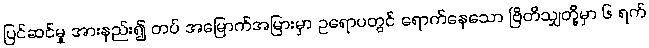
ပြင်ဆင်မှု အားနည်း၍ တပ် အမြောက်အမြားမှာ ဥရောပတွင် ရောက်နေသော ဗြိတိသျှတို့မှာ ၆ ရက်